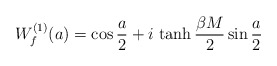
\begin{align*}W_{f}^{(1)}(a) = \cos{a\over 2} + i\,\tanh{\beta M\over 2}\sin{a\over2}\end{align*}